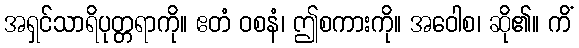
အရှင်သာရိပုတ္တရာကို။ ဧတံ ဝစနံ၊ ဤစကားကို။ အဝေါစ၊ ဆို၏။ ကိံ